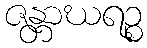
ဇန္တာဃရဉ္စ